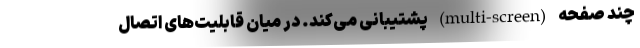
چند صفحه (multi-screen) پشتیبانی می‌کند. در میان قابلیت‌های اتصال